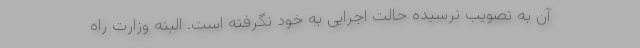
آن به تصویب نرسیده حالت اجرایی به خود نگرفته است. البته وزارت راه